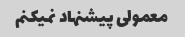
معمولی پیشنهاد نمیکنم